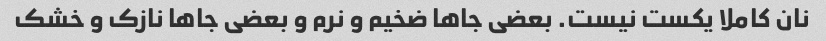
نان کاملا یکست نیست. بعضی جاها ضخیم و نرم و بعضی جاها نازک و خشک